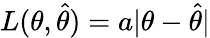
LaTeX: L(\theta,{\widehat{\theta}})=a|\theta-{\widehat{\theta}}|